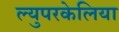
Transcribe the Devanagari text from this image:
ल्युपरकेलिया